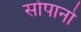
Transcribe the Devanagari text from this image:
सोपानो